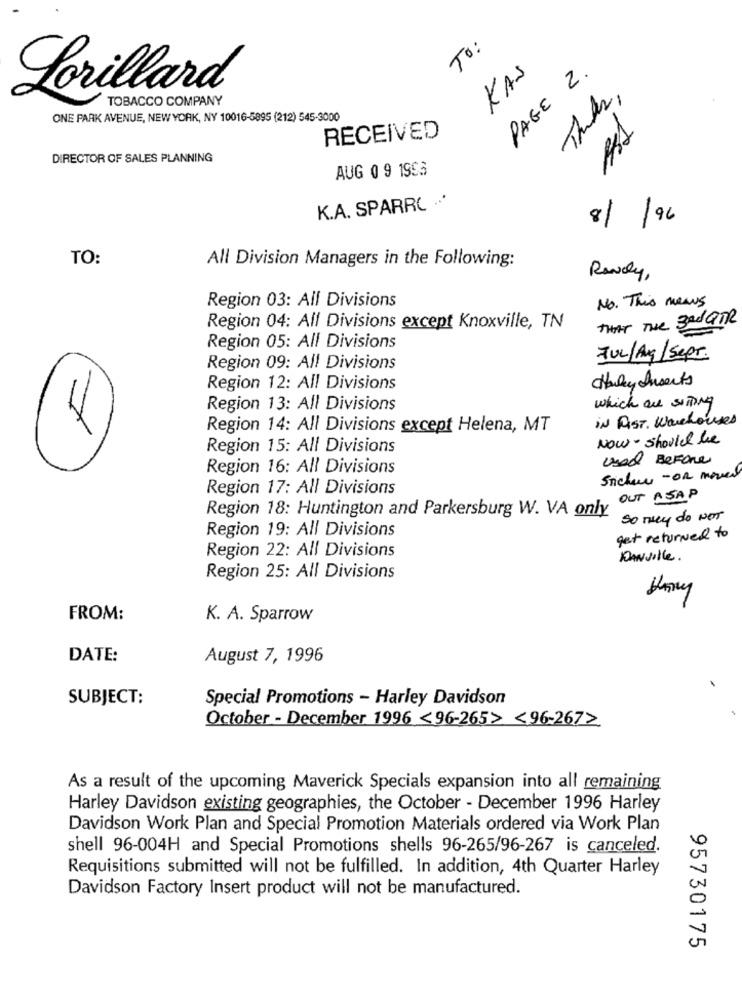
To:
KAS
PAGE 2.
Lorillard
TOBACCO COMPANY
Thanks,
ONE PARK AVENUE, NEW YORK, NY 10016-5895 (212) 545-3000
RECEIVED
DIRECTOR OF SALES PLANNING
AUG 0 9 1993
K.A. SPARRO ··*
81/96
TO:
All Division Managers in the Following:
Rowery,
Region 03: All Divisions
No. This means
THAT THE 3Rd PTR
Region 04: All Divisions except Knoxville, TN
Region 05: All Divisions
JUL/Ag/Sept.
Region 09: All Divisions
Harley Inserts
Region 12: All Divisions
which are sitting
Region 13: All Divisions
IN RIST. Warehouses
Region 14: All Divisions except Helena, MT
Now - should be
Region 15: All Divisions
Used Before
Region 16: All Divisions
Sicher - OR moved
Region 17: All Divisions
OUT ASAP
Region 18: Huntington and Parkersburg W. VA only
sony do Not
Region 19: All Divisions
get returned to
Region 22: All Divisions
DANville.
Region 25: All Divisions
FROM:
K. A. Sparrow
DATE:
August 7, 1996
SUBJECT:
Special Promotions - Harley Davidson
October - December 1996 <96-265> <96-2672
As a result of the upcoming Maverick Specials expansion into all remaining
Harley Davidson existing geographies, the October - December 1996 Harley
Davidson Work Plan and Special Promotion Materials ordered via Work Plan
shell 96-004H and Special Promotions shells 96-265/96-267 is canceled.
Requisitions submitted will not be fulfilled. In addition, 4th Quarter Harley
Davidson Factory Insert product will not be manufactured.
95730175